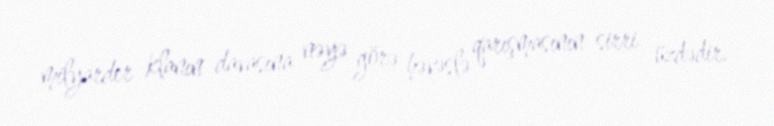
milyarder klanın davasına nəyə görə həvəslə qarışmasının sirri üzdədir.